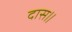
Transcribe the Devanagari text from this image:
दास॥